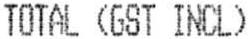
TOTAL (GST INCL)